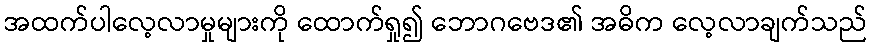
အထက်ပါလေ့လာမှုများကို ထောက်ရှု၍ ဘောဂဗေဒ၏ အဓိက လေ့လာချက်သည်